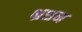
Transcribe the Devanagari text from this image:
भ्रशन